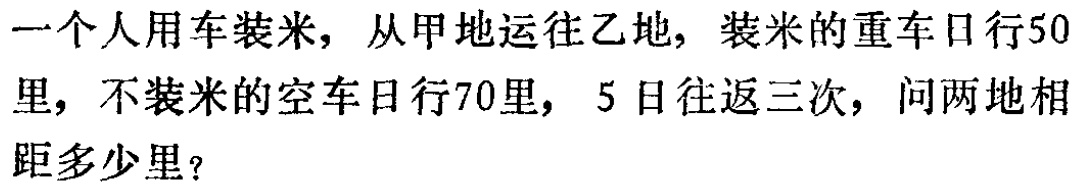
一个人用车装米，从甲地运往乙地，装米的重车日行50里，不装米的空车日行70里，5日往返三次，问两地相距多少里？